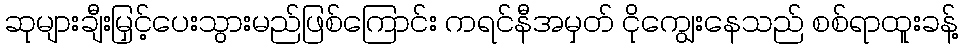
ဆုများချီးမြှင့်ပေးသွားမည်ဖြစ်ကြောင်း ကရင်နီအမှတ် ငိုကျွေးနေသည် စစ်ရာထူးခန့်